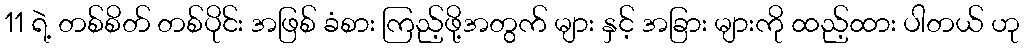
11 ရဲ့ တစ်စိတ် တစ်ပိုင်း အဖြစ် ခံစား ကြည့်ဖို့အတွက် များ နှင့် အခြား များကို ထည့်ထား ပါတယ် ဟု